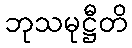
ဘုသမုဋ္ဌီတိ